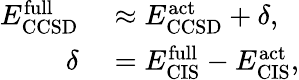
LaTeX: \begin{array}{rl}{E_{\mathrm{CCSD}}^{\mathrm{full}}}&{{}\approx E_{\mathrm{CCSD}}^{\mathrm{act}}+\delta,}\\ {\delta}&{{}=E_{\mathrm{CIS}}^{\mathrm{full}}-E_{\mathrm{CIS}}^{\mathrm{act}},}\end{array}